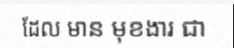
ដែល មាន មុខងារ ជា